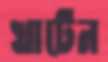
খাটেন